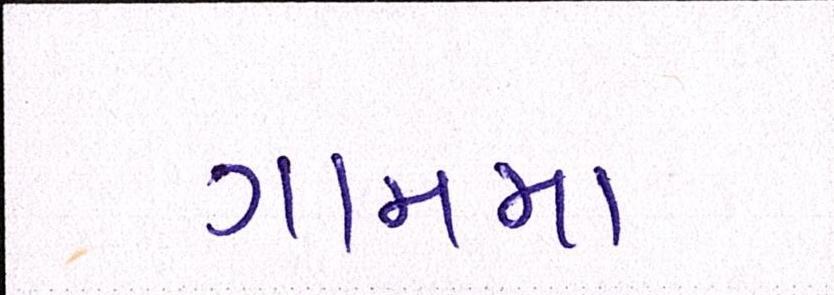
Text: ગામમા